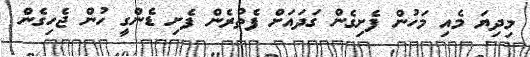
މިދިޔަ މެއި މަހުން ފެށިގެން ގަދައަށް ފެތުރެން ފެށި ޑެންގީ ހުން ޖެހިގެން